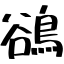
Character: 鵒